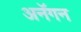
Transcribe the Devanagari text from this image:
अनॅगन